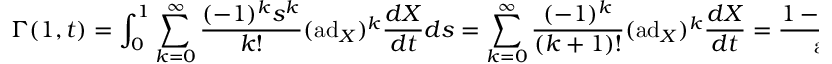
\Gamma ( 1 , t ) = \int _ { 0 } ^ { 1 } \sum _ { k = 0 } ^ { \infty } { \frac { ( - 1 ) ^ { k } s ^ { k } } { k ! } } ( \mathrm { a d } _ { X } ) ^ { k } { \frac { d X } { d t } } d s = \sum _ { k = 0 } ^ { \infty } { \frac { ( - 1 ) ^ { k } } { ( k + 1 ) ! } } ( \mathrm { a d } _ { X } ) ^ { k } { \frac { d X } { d t } } = { \frac { 1 - e ^ { - \mathrm { a d } _ { X } } } { \mathrm { a d } _ { X } } } { \frac { d X } { d t } } ,